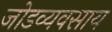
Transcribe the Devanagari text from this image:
जोडव्यवसाय